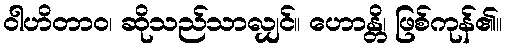
ဝါဟိတာဝ၊ ဆိုသည်သာလျှင်။ ဟောန္တိ၊ ဖြစ်ကုန်၏။